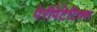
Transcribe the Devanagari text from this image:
पेरीपेटेटिक्स